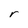
Character: r